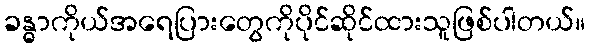
ခန္ဓာကိုယ်အရေပြားတွေကိုပိုင်ဆိုင်ထားသူဖြစ်ပါတယ်။